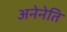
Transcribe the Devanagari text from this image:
अनेनेति